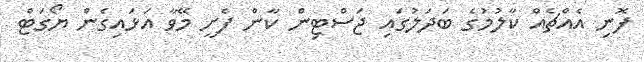
ފޮނި އެއްޗެއް ކާލުމުގެ ބަދަލުގައި ޖަސްޓިން ކާން ފެށީ މޭވާ އަޅައިގެން ޔޯގަޓް